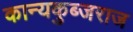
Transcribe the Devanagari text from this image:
कान्यकुब्जराज